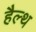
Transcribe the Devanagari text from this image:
हैल्‍थ